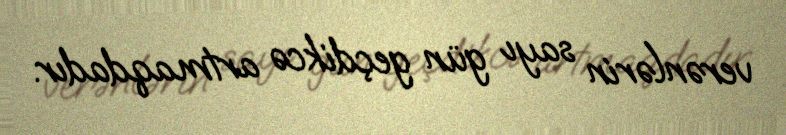
verənlərin sayı gün geçdikcə artmaqdadır.